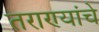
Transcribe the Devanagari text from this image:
तराण्यांचे